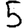
Digit: 5